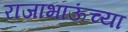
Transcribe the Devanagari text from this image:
राजाभाऊंच्या